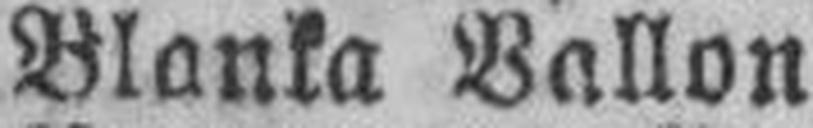
Blanka Ballon